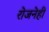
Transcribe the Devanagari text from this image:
रोजनेही